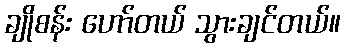
ချိုစန်း ဟော်တယ် သွားချင်တယ်။